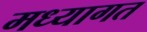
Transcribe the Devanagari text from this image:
मध्यागत